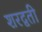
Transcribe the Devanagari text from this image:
शरद्वती